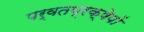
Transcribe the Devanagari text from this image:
पर्वतप्रक्षेपों